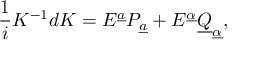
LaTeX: { \frac { 1 } { i } } K ^ { - 1 } d K = { \cal E } ^ { \underline { { a } } } P _ { \underline { { a } } } + { \cal E } ^ { \underline { { \alpha } } } \underline { { Q } } _ { \underline { { \alpha } } } ,